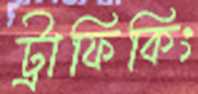
ট্রাফিকিং